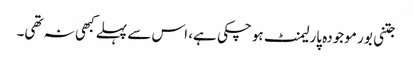
جتنی بور موجودہ پارلیمنٹ ہوچکی ہے، اس سے پہلے کبھی نہ تھی۔